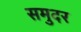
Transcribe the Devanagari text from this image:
समुदर